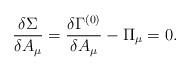
LaTeX: \begin{align*}\frac{\delta \Sigma}{\delta A_\mu} =\frac{\delta \Gamma^{(0)}}{\delta A_\mu} - \Pi_\mu = 0.\end{align*}